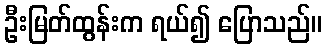
ဦးမြတ်ထွန်းက ရယ်၍ ပြောသည်။